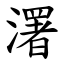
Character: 濖